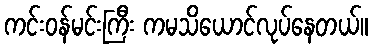
ကင်းဝန်မင်းကြီး ကမသိယောင်လုပ်နေတယ်။